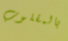
بالمقلوب